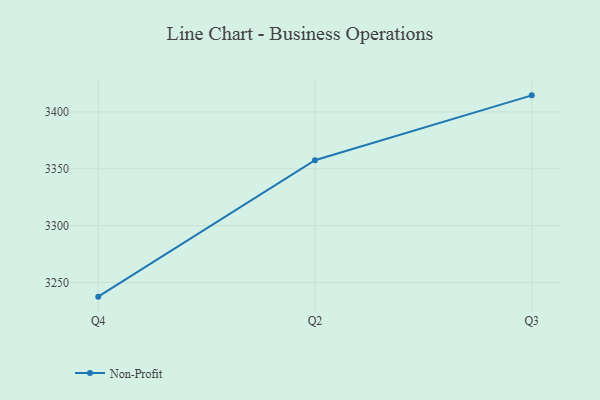
{"axis": {"x": "Quarter", "y": "Shipments"}, "legend": ["Non-Profit"], "data": [{"x": "Q4", "y": 3237.5, "type": "Non-Profit"}, {"x": "Q2", "y": 3357.5, "type": "Non-Profit"}, {"x": "Q3", "y": 3414.6, "type": "Non-Profit"}]}